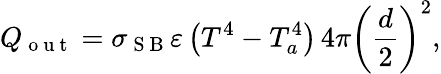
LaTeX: Q_{\mathrm{~o~u~t~}}=\sigma_{\mathrm{~S~B~}}\varepsilon\left(T^{4}-T_{a}^{4}\right)\, 4\pi\left(\frac{d}{2}\right)^{2},